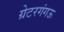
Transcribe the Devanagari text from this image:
ग्रेटरगंगऊ